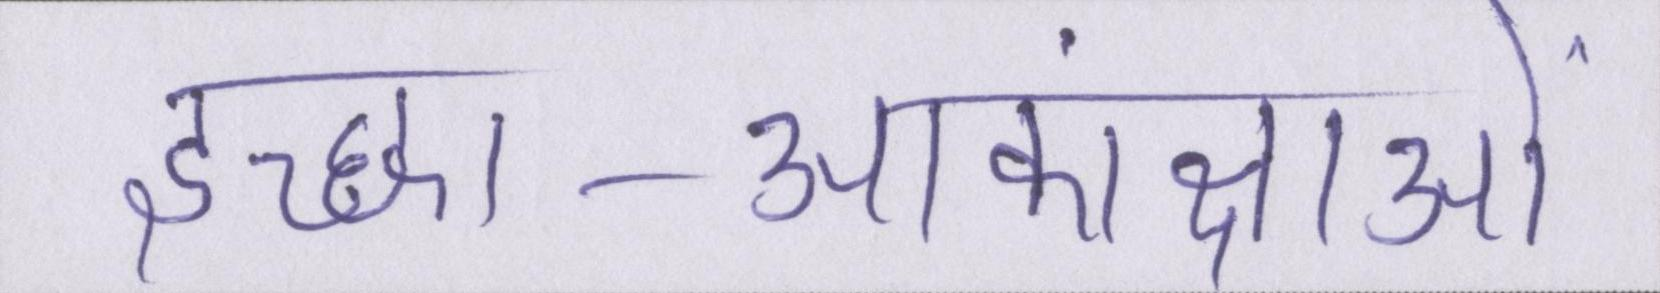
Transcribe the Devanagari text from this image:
इच्छा-आकांक्षाओं